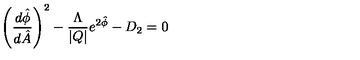
\left( \frac { d \hat { \phi } } { d \hat { A } } \right) ^ { 2 } - \frac { \Lambda } { | Q | } e ^ { 2 \hat { \phi } } - D _ { 2 } = 0